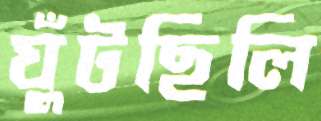
ঘুঁটছিলি